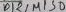
Text: D4